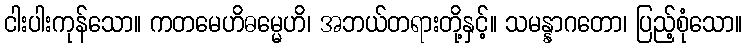
ငါးပါးကုန်သော။ ကတမေဟိဓမ္မေဟိ၊ အဘယ်တရားတို့နှင့်။ သမန္နာဂတော၊ ပြည့်စုံသော။